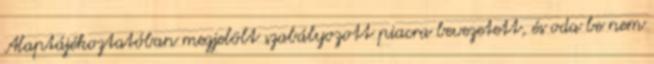
Alaptájékoztatóban megjelölt szabályozott piacra bevezetett, és oda be nem